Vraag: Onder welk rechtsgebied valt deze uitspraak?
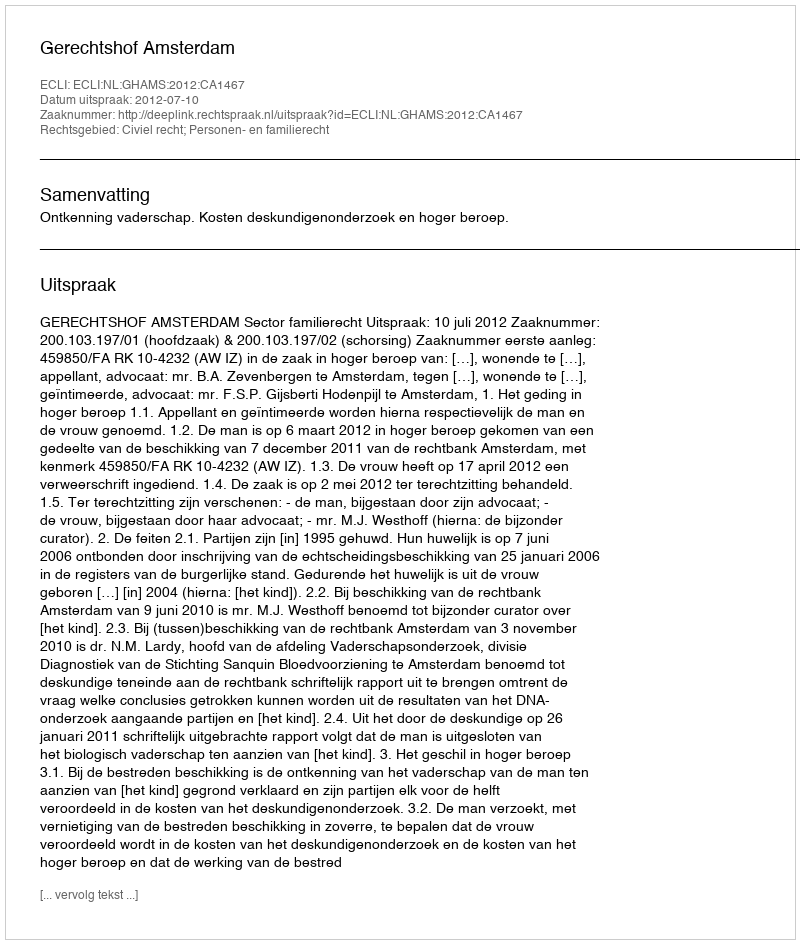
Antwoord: Civiel recht; Personen- en familierecht